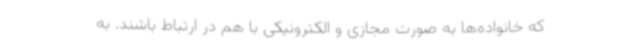
که خانواده‌ها به صورت مجازی و الکترونیکی با هم در ارتباط باشند. به